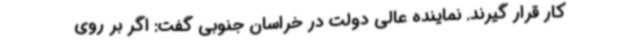
کار قرار گیرند. نماینده عالی دولت در خراسان جنوبی گفت: اگر بر روی